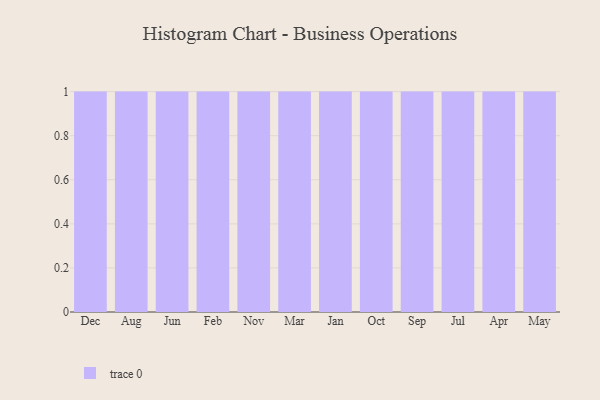
{"axis": {"x": "Month", "y": "Website Visitors"}, "legend": [""], "data": [{"x": "Dec", "y": 85, "type": ""}, {"x": "Aug", "y": 57, "type": ""}, {"x": "Jun", "y": 7, "type": ""}, {"x": "Feb", "y": 50, "type": ""}, {"x": "Nov", "y": 65, "type": ""}, {"x": "Mar", "y": 35, "type": ""}, {"x": "Jan", "y": 33, "type": ""}, {"x": "Oct", "y": 40, "type": ""}, {"x": "Sep", "y": 75, "type": ""}, {"x": "Jul", "y": 63, "type": ""}, {"x": "Apr", "y": 52, "type": ""}, {"x": "May", "y": 13, "type": ""}]}